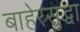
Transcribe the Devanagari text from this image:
बाहेरसुद्धा